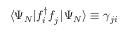
\langle \Psi _ { N } | f _ { i } ^ { \dagger } f _ { j } ^ { \phantom { \dagger } } | \Psi _ { N } \rangle \equiv \gamma _ { j i }